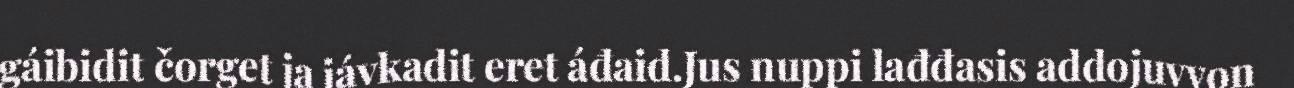
gáibidit čorget ja jávkadit eret áđaid.Jus nuppi lađđasis addojuvvon